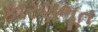
કારણભૂત